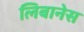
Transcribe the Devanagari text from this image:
लिबानेस